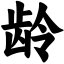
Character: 龄